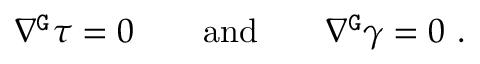
\nabla ^ { \mathtt { G } } \tau = 0 \qquad \mathrm { a n d } \qquad \nabla ^ { \mathtt { G } } \gamma = 0 \ .